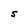
Character: S